Report on sanitation, dispensaries, and jails in Rajputana for 1913, and on vaccination for the year 1913-1914 - 1913-1914
Year: 1913
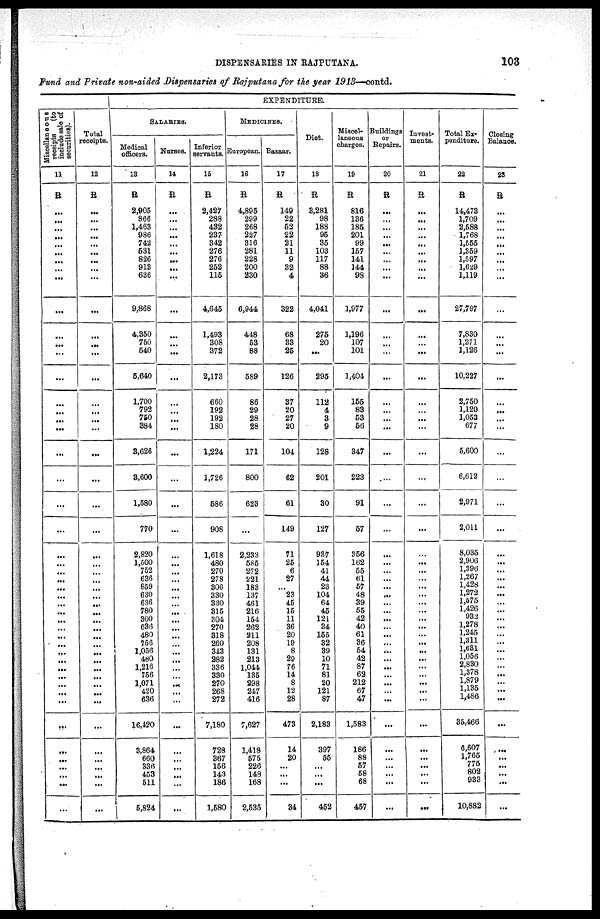
DISPENSARIES IN RAJPUTANA.
103
Fund and Private non-aided Dispensaries of Rajputana for the year 1913—contd.
Miscellaneous
receipts (to
include sale of
securities).
11
R
...
...
...
...
...
...
...
...
...
...
...
...
...
...
...
...
...
...
...
...
...
...
...
...
...
...
...
...
...
...
...
...
...
...
...
...
...
...
...
...
...
...
...
...
...
...
...
...
Total
receipts.
12
R
...
...
...
...
...
...
...
...
...
...
...
...
...
...
...
...
...
...
...
...
...
...
...
...
...
...
...
...
...
...
...
...
...
...
...
...
...
...
...
...
...
...
...
...
...
...
...
...
EXPENDITURE.
SALARIES.
Medical
officers.
13
R
2,905
866
1,463
986
742
531
826
913
636
9,868
4,350
750
540
5,640
1,700
792
750
384
3,626
3,600
1,580
770
2,820
1,500
752
636
859
630
636
780
300
636
480
756
1,056
480
1,216
756
1,071
420
636
16,420
3,864
660
336
453
511
5,824
Nurses.
14
R
...
...
...
...
...
...
...
...
...
...
...
...
...
...
...
...
...
...
...
...
...
...
...
...
...
...
...
...
...
...
...
...
...
...
...
...
...
...
...
...
...
...
...
...
...
...
...
...
Inferior
servants.
15
R
2,427
288
432
237
342
276
276
252
115
4,645
1,493
308
372
2,173
660
192
192
180
1,224
1,726
586
908
1,618
480
270
278
306
330
330
315
304
270
318
260
343
282
336
330
270
268
272
7,180
728
367
156
143
186
1,580
MEDICINES.
European.
16
R
4,895
299
268
227
316
281
228
200
230
6,944
448
53
88
589
86
29
28
28
171
800
623
...
2,233
585
272
221
183
137
461
216
154
262
211
208
131
213
1,044
135
298
247
416
7,627
1,418
575
226
148
168
2,535
Bazaar.
17
R
149
22
52
22
21
11
9
32
4
322
68
33
25
126
37
20
27
20
104
62
61
149
71
25
6
27
...
23
45
15
11
36
20
19
8
29
76
14
8
12
28
473
14
20
...
...
...
34
Diet.
18
R
3,281
98
188
95
35
103
117
88
36
4,041
275
20
...
295
112
4
3
9
128
201
30
127
937
154
41
44
23
104
64
45
121
34
155
32
39
10
71
81
20
121
87
2,183
397
55
...
...
...
452
Miscel-
laneous
charges.
19
R
816
136
185
201
99
157
141
144
98
1,977
1,196
107
101
1,404
155
83
53
56
347
223
91
57
356
162
55
61
57
48
39
55
42
40
61
36
54
42
87
62
212
67
47
1,583
186
88
57
68
68
457
Buildings
or
Repairs.
20
R
...
...
...
...
...
...
...
...
...
...
...
...
...
...
...
...
...
...
...
...
...
...
...
...
...
...
...
...
...
...
...
...
...
...
...
...
...
...
...
...
...
...
...
...
...
...
...
...
Invest-
ments.
21
R
...
...
...
...
...
...
...
...
...
...
...
...
...
...
...
...
...
...
...
...
...
...
...
...
...
...
...
...
...
...
...
...
...
...
...
...
...
...
...
...
...
...
...
...
...
...
...
...
Total Ex-
penditure.
22
R
14,473
1,709
2,588
1,768
1,555
1,359
1,597
1,629
1,119
27,797
7,830
1,271
1,126
10,227
2,750
1,120
1,053
677
5,600
6,612
2,971
2,011
8,035
2,906
1,396
1,267
1,428
1,272
1,575
1,426
932
1,278
1,245
1,311
1,631
1,056
2,830
1,378
1,879
1,135
1,486
35,466
6,607
1,765
776 802
933
10,882
Closing
Balance.
23
R
...
...
...
...
...
...
...
...
...
...
...
...
...
...
...
...
...
...
...
...
...
...
...
...
...
...
...
...
...
...
...
...
...
...
...
...
...
...
...
...
...
...
...
...
...
...
...